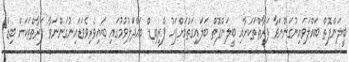
ބީލަންފޮތް ބައްލަވައިނުގަންނަވާ ފަރާތްތަކަށާއި ބީލަންފޮތް ބަލައިގަތުމަށްފަހު ޕްރީބިޑް ބައްދަލުވުމުގައި ބައިވެރިވެވަޑައިނުގަންނަވާ ފަރާތްތަކަށް ބިޑް